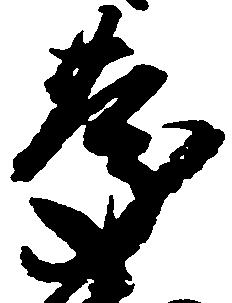
慶